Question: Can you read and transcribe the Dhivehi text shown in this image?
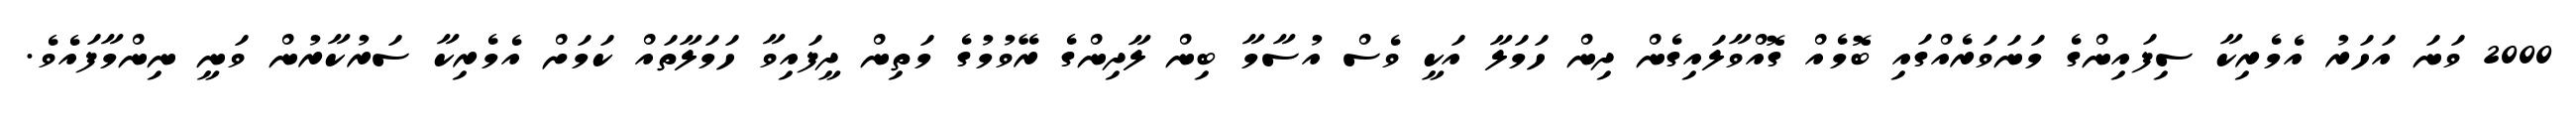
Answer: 2000 ވަނަ އަހަރު އެމެރިކާ ސިފައިންގެ މަނަވަރެއްގައި ބޮމެއް ގޮއްވާލައިގެން ދިން ހަމަލާ އަކީ ވެސް އުސާމާ ބިން ލާދިންގެ ރޭވުމުގެ މަތިން ދީފައިވާ ހަމަލާތައް ކަމަށް އެމެރިކާ ސަރުކާރުން ވަނީ ނިންމާފައެވެ.